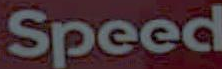
Speed